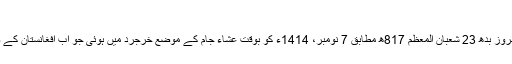
ولادت و مولد[ترمیم]
مولانا جامی کی ولادت بروز بدھ 23 شعبان المعظم 817ھ مطابق 7 نومبر، 1414ء کو بوقت عشاء جام کے موضع خرجرد میں ہوئی جو اب افغانستان کے صوبہ غور میں واقع ہے۔